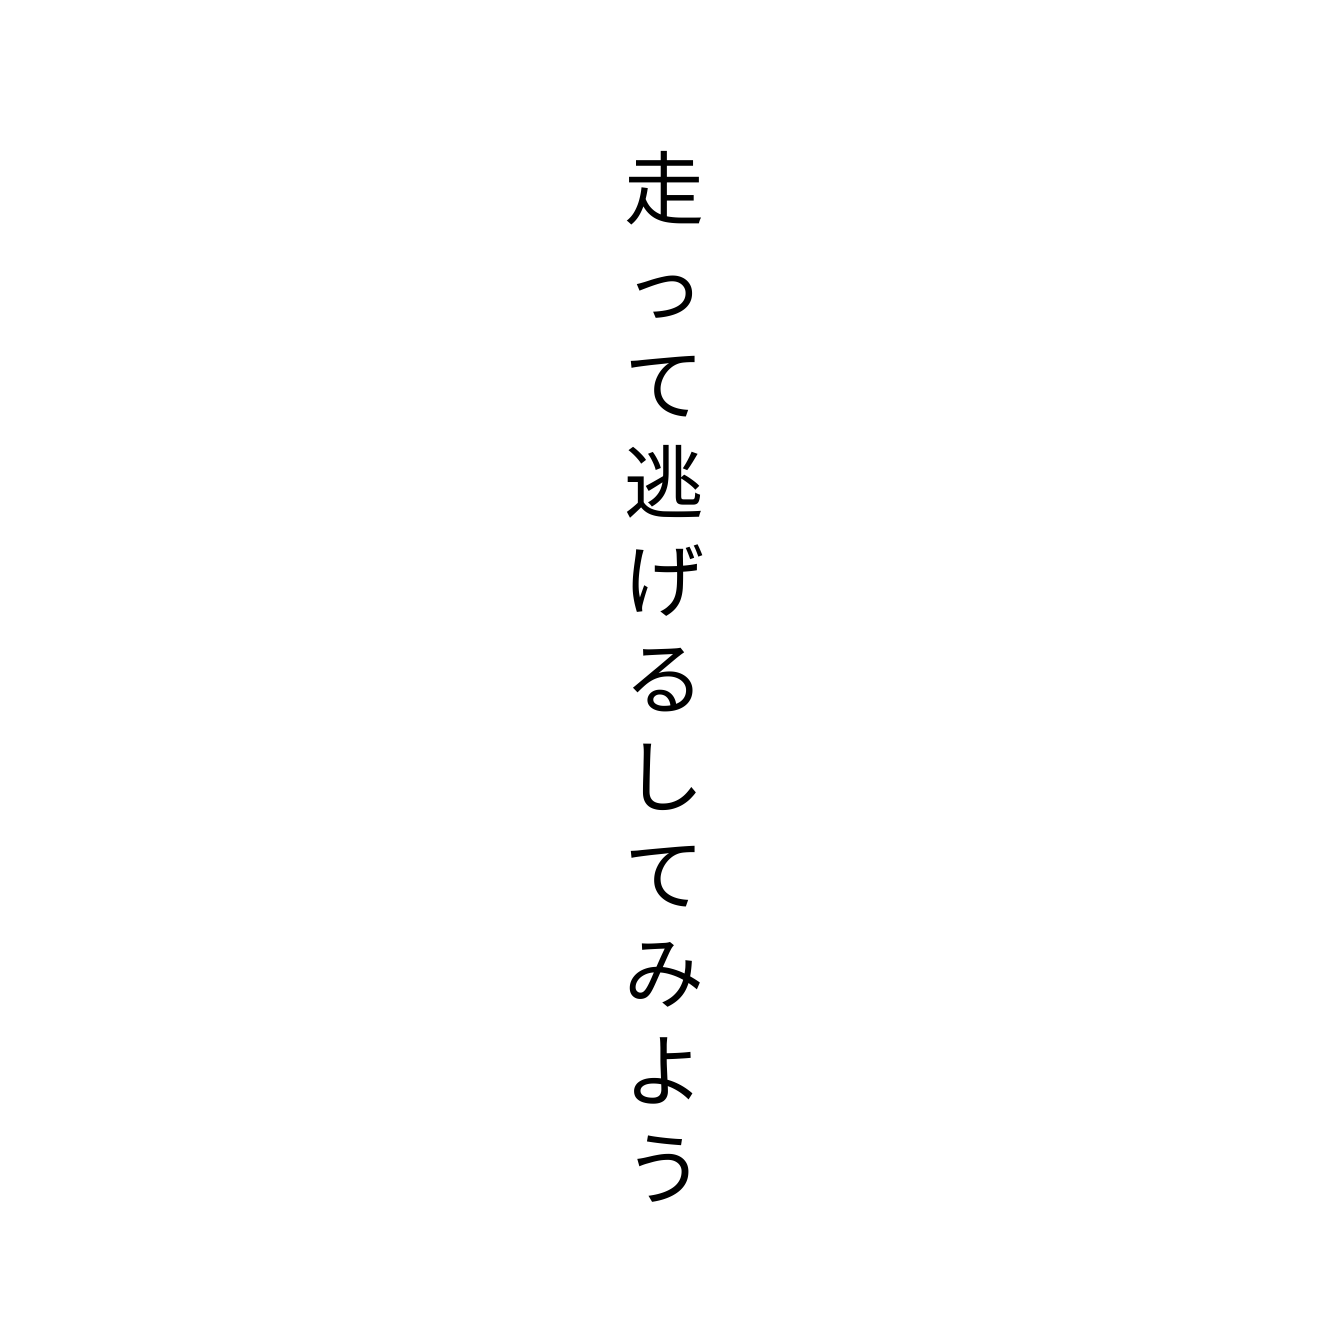
走って逃げるしてみよう